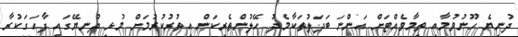
ދުނިޔެ ހޫނުވުމާއި ތިމާވެއްޓަށް އަންނަ ބަދަލުތަކާމެދު ހޭލުންތެރިކަން އިތުރުކުރުމަށް މުޅި ދުނޔޭގައި ފާހަގަކުރާ